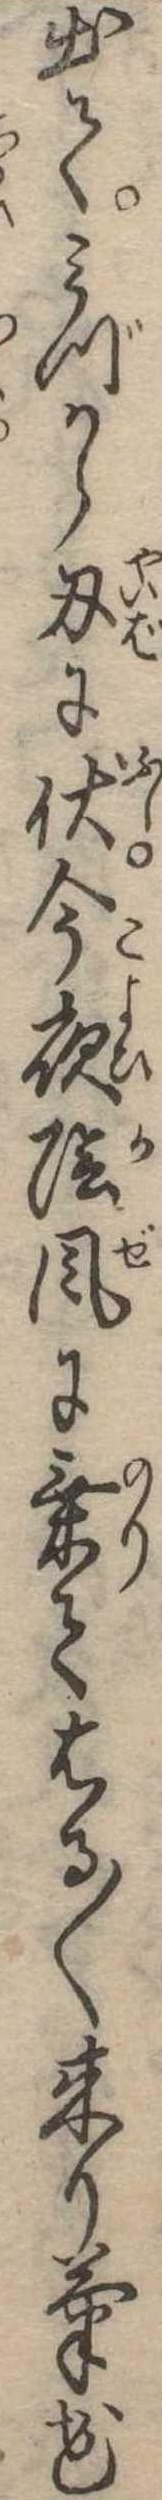
出てみづから刃に伏今夜陰風に乗てはる〱来り菊花